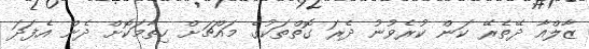
ޒާލްއާ ދޭތެރޭ ކަން ކުރެވުނު ދެރަ ގޮތްތަކުގެ މައްޗަށް ހިތާމަކޮށް ދެން އެފަދަ